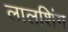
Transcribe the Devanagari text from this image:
लालशिंग